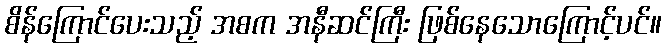
စိန်ကြောင်ပေးသည့် အစက အနီဆင်ကြီး ဖြစ်နေသောကြောင့်ပင်။